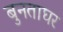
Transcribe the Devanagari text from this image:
बुनताघर